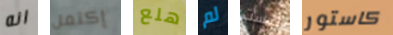
انه إكتمل هلع لم ليست كاستور